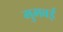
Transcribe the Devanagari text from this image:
मुमबई